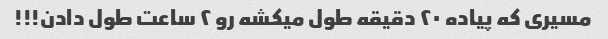
مسیری که پیاده ۲۰ دقیقه طول میکشه رو ۲ ساعت طول دادن!!!